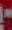
-